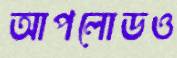
আপলোডও